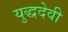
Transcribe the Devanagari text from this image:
युद्धदेवी